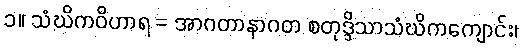
၁။ သံဃိကဝိဟာရ = အာဂတာနာဂတ စတုဒ္ဒိသာသံဃိကကျောင်း၊